Leaving Certificate Examination, 1904
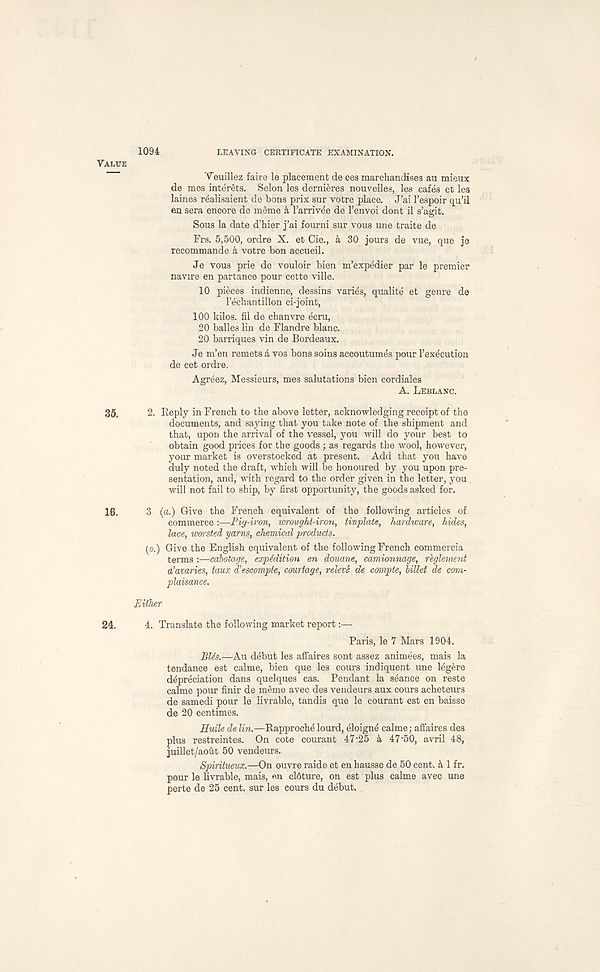
1094
LEAVING CERTIFICATE EXAMINATION.
Yeuillez faire le placement de ces marchandises au mieux
de mes interns. Selon les dernieres nouvelles, les cafes et les
laines rdalisaient de bons prix sur votre place. J’ai I’espoir qu’il
en sera encore de meme a I’arrivde de I’envoi dont il s’agit.
Sous la date d’hier j’ai fourni sur vous une traite de
Frs. 5,500, ordre X. et Cie., k 30 jours de vue, que je
recommande a votre bon accueil.
Je vous prie do vouloir bien m’expedier par le premier
navire en partance pour cette ville.
10 pieces indienne, dessins varies, quality et genre de
I’echantillon ci-joint,
100 kilos, fil de chanvre ecru,
20 balles lin de Flandre blanc.
20 barriques vin de Bordeaux.
Je m’en remets k vos bons soins accoutumes pour I’exccution
de cet ordre.
Agr6ez, Messieurs, mes salutations bien cordiales
A. LEBLANC.
2. Reply in French to the above letter, acknowledging receipt of the
documents, and saying that you take note of the shipment and
that, upon the arrival of the vessel, you will do your best to
obtain good prices for the goods ; as regards the wool, however,
your market is overstocked at present. Add that you have
duly noted the draft, which will be honoured by you upon pre-
sentation, and, with regard to the order given in the letter, you
will not fail to ship, by first opportunity, the goods asked for.
3 (a.) Give the French equivalent of the following articles of
commerce:—Pig-iron, wrmght-iron, tinplate, hardware, hides,
lace, worsted yarns, chemical products.
[o.) Give the English equivalent of the following French commercia
terms :—cabotage, expedition en douane, camionnage, rbglement
d'avaries, taux d’escompte, courtage, releve de compte, billet de com-
plaisance.
Either
4. Translate the following market report:—
Paris, le 7 Mars 1904.
BUs.—Au debut les afifaires sont assez animees, mais la
tendance est calme, bien que les cours indiquent une legere
depreciation dans quelques cas. Pendant la seance on reste
calme pour finir de meme avec des vendeurs aux cours acheteurs
de samedi pour le livrable, tandis que le courant est en baisse
de 20 centimes.
Huile de lin.—Rapproche lourd, eloign^ calme; affaires des
plus restreintes. On cote courant 47‘25 a 47‘50, avril 48,
juillet/aout 50 vendeurs.
Spiritueux.—On ouvre raide et en hausse de 50 cent, k 1 fr,
pour le livrable, mais, «n cldture, on est plus calme avec une
perte de 25 cent, sur les cours du debut. .